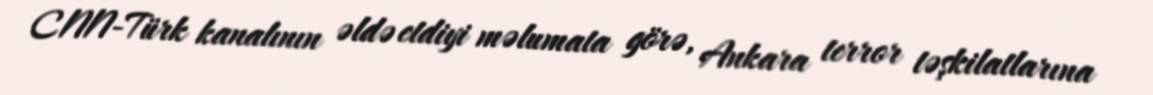
CNN-Türk kanalının əldə etdiyi məlumata görə, Ankara terror təşkilatlarına